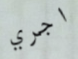
اجري